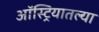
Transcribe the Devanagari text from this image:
ऑस्ट्रियातल्या